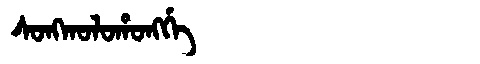
Manchu: ᠰᠣᠩᡴᠣᠯᠣᡥᠣᠩᡤᡝ
Romanization: SONGKOLOHONGGE